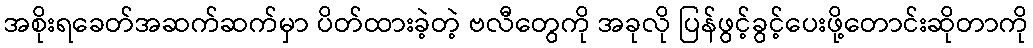
အစိုးရခေတ်အဆက်ဆက်မှာ ပိတ်ထားခဲ့တဲ့ ဗလီတွေကို အခုလို ပြန်ဖွင့်ခွင့်ပေးဖို့တောင်းဆိုတာကို